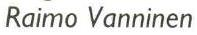
Raimo Vanninen